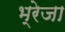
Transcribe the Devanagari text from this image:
भ्रेजा